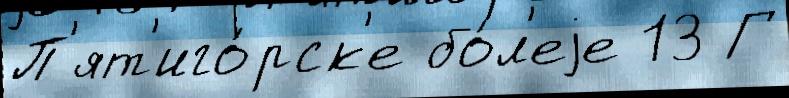
П'ят'иго́рск'е бо́л'еjе 13 Г